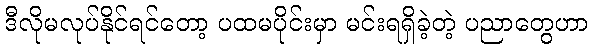
ဒီလိုမလုပ်နိုင်ရင်တော့ ပထမပိုင်းမှာ မင်းရရှိခဲ့တဲ့ ပညာတွေဟာ